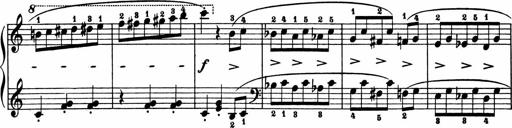
Title: 2 Sonatinen
Composer: Lambertus Adrianus van Tetterode